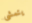
يتمشى